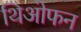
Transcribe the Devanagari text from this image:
थिओफन